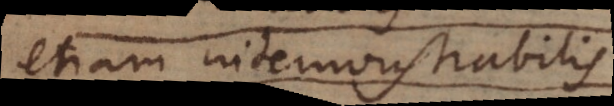
etiam indemonstrabili